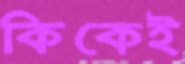
কিকেই